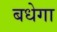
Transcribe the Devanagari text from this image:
बधेगा